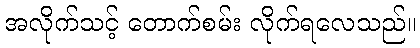
အလိုက်သင့် တောက်စမ်း လိုက်ရလေသည်။